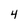
Character: 4